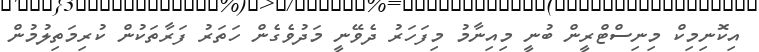
އިކޮނިމިކް މިނިސްޓްރީން ބުނީ މިއިނާމު މިފަހަރު ދެވޭނީ މަދުވެގެން ހަތަރު ފަރާތަކުން ކުރިމަތިލުމުން